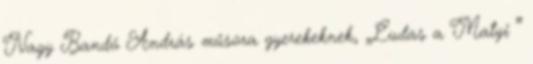
Nagy Bandó András műsora gyerekeknek, „Ludas a Matyi ”